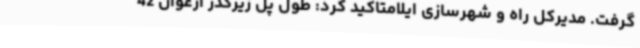
گرفت. مدیرکل راه و شهرسازی ایلامتاکید کرد: طول پل زیرگذر ارغوان 42